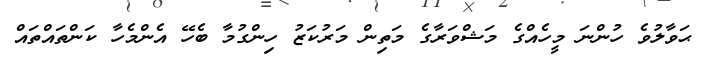
ޙަވާލުވެ ހުންނަ މީހެއްގެ މަޝްވަރާގެ މަތިން މަރުކަޒު ހިންގުމާ ބެހޭ އެންމެހާ ކަންތައްތައް